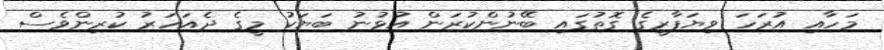
މަހާއި އުރަހަ ވިޔަފާރީގެ ގޮތުގައި ބޭނުންކުރަން އުޅުނު ބަޔަކު މީގެ ދެއަހަރު ކުރިންވެސް